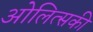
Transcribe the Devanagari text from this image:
ओलित्सकी